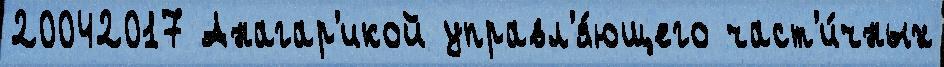
20042017 Анагар'икой управл'я́ющего част'и́чных